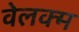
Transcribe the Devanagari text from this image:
वेलक्म